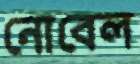
নোবেল